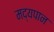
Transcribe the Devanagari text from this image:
मद्यपान